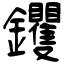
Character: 钁